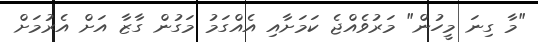
"މާ ގިނަ މީހުން" މަރުވެއްޖެ ކަމަށާއި އެއްގަމު މަގުން ގާޒާ އަށް އެރުމަށް